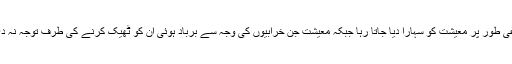
مصنوعی طور پر معیشت کو سہارا دیا جاتا رہا جبکہ معیشت جن خرابیوں کی وجہ سے برباد ہوئی ان کو ٹھیک کرنے کی طرف توجہ نہ دی گئی۔